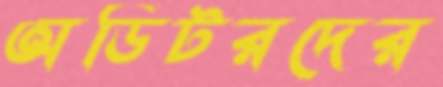
অডিটরদের